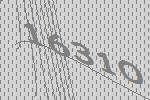
16310